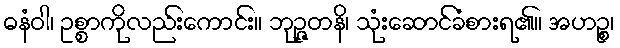
ဓနံဝါ၊ ဥစ္စာကိုလည်းကောင်း။ ဘုဉ္ဇတနိ၊ သုံးဆောင်ခံစားရ၏။ အဟဉ္စ၊